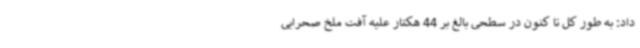
داد: به طور کل تا کنون در سطحی بالغ بر 44 هکتار علیه آفت ملخ صحرایی